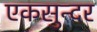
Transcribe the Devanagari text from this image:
एकसुन्दर